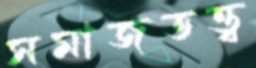
সমাজতত্ত্ব